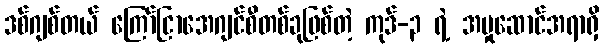
ဒစ်ဂျစ်တယ် ကြော်ငြာအေဂျင်စီတစ်ခုဖြစ်တဲ့ ကုဒ်-၃ ရဲ့ အမှုဆောင်အရာရှိ